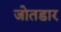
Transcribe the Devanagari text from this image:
जोतडार